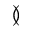
\between